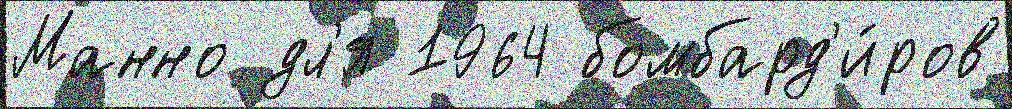
Манно дл'я 1964 бомбард'и́ров